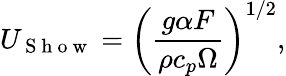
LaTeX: U_{\mathrm{~S~h~o~w~}}=\left(\frac{g\alpha F}{\rho c_{p}\Omega}\right)^{1/2},